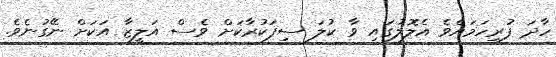
ހާދަ ފުރިހަމައެވެ އެލޮލުގައި ވާ ކުލަ ސިފަކުރާކަށް ވެސް އަލީޒާ އަކަށް ނޭގުނެވެ.